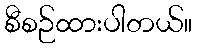
စီစဉ်ထားပါတယ်။